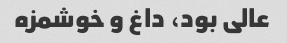
عالی بود، داغ و خوشمزه